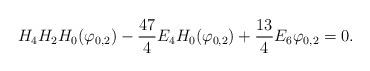
LaTeX: \begin{align*}H_4H_2H_0(\varphi_{0,2})-\frac{47}4 E_4H_0(\varphi_{0,2})+ \frac{13}4E_6\varphi_{0,2}=0.\end{align*}